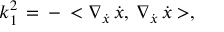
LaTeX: k _ { 1 } ^ { 2 } \, = \, - \, < \nabla _ { \dot { x } } \, \dot { x } , \, \nabla _ { \dot { x } } \, \dot { x } > ,